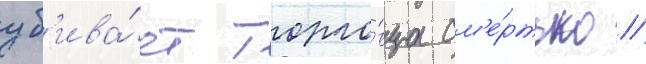
уб'ива́ет торго́вца см'е́ртью /